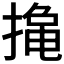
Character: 𮲑